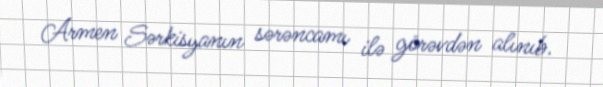
Armen Sərkisyanın sərəncamı ilə görəvdən alınıb.